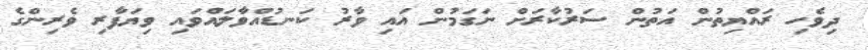
ދިވެހި ރައްޔިތުން އަތުން ސަރުކާރަށް ނަގަމުން އައި ވާރު ކަނޑުއްވާލައްވައި ވިޔަފާރި ވެރިންގެ